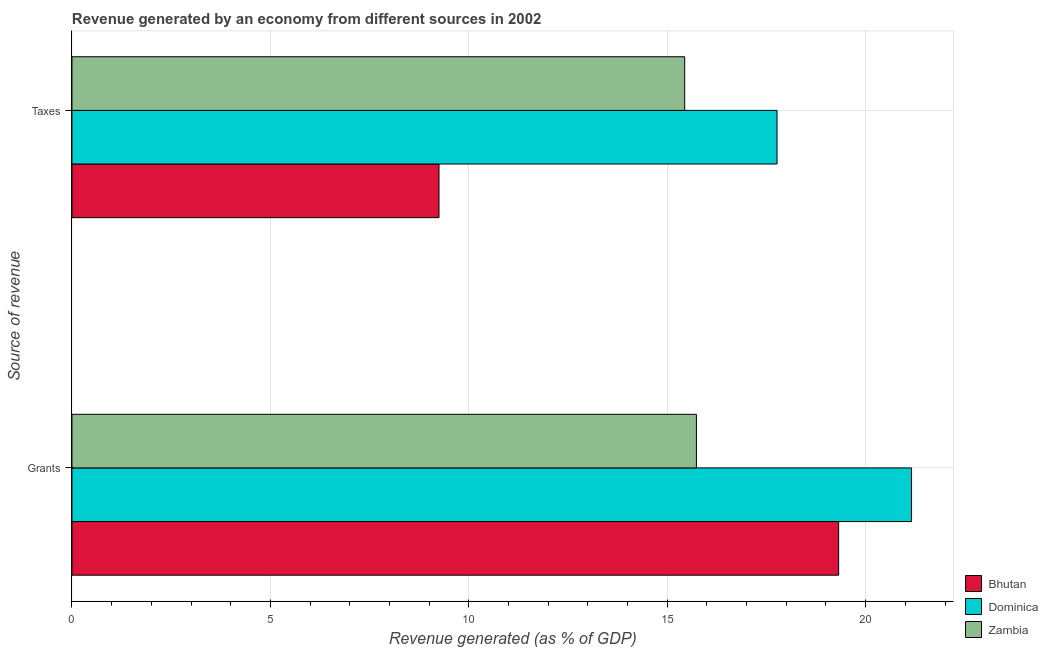
| Source of revenue | Bhutan | Dominica | Zambia |
 | --- | --- | --- | --- |
 | Grants | 19.3 | 21.2 | 15.7 |
 | Taxes | 9.25 | 17.8 | 15.4 |